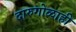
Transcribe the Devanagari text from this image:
दारुगोळाही